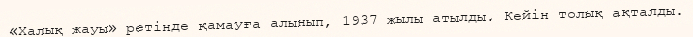
«Халық жауы» ретінде қамауға алынып, 1937 жылы атылды. Кейін толық ақталды.